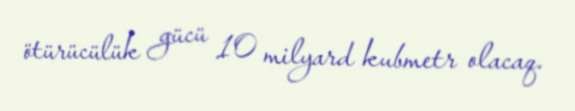
ötürücülük gücü 10 milyard kubmetr olacaq.